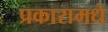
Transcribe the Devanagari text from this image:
प्रकारामधे